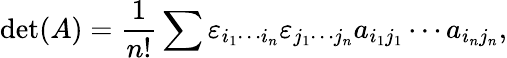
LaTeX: \operatorname*{det}(A)={\frac{1}{n!}}\sum\varepsilon_{i_{1}\cdots i_{n}}\varepsilon_{j_{1}\cdots j_{n}}a_{i_{1}j_{1}}\cdots a_{i_{n}j_{n}},